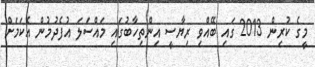
މީގެ ކުރިން 2013 ގައި ބޭއްވި ރިޔާސީ އިންތިހާބުގައި މައްސަލަ އުފެދުމުން އެކަމަށް